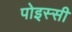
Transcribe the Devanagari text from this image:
पोइस्सी